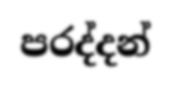
පරද්දන්